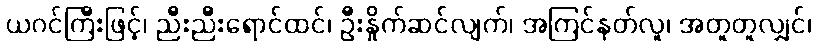
ယဂင်ကြီးဖြင့်၊ ညီးညီးရောင်ထင်၊ ဦးနှိုက်ဆင်လျက်၊ အကြင်နတ်လူ၊ အတူတူလျှင်၊